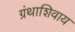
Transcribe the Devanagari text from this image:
ग्रंथाशिवाय